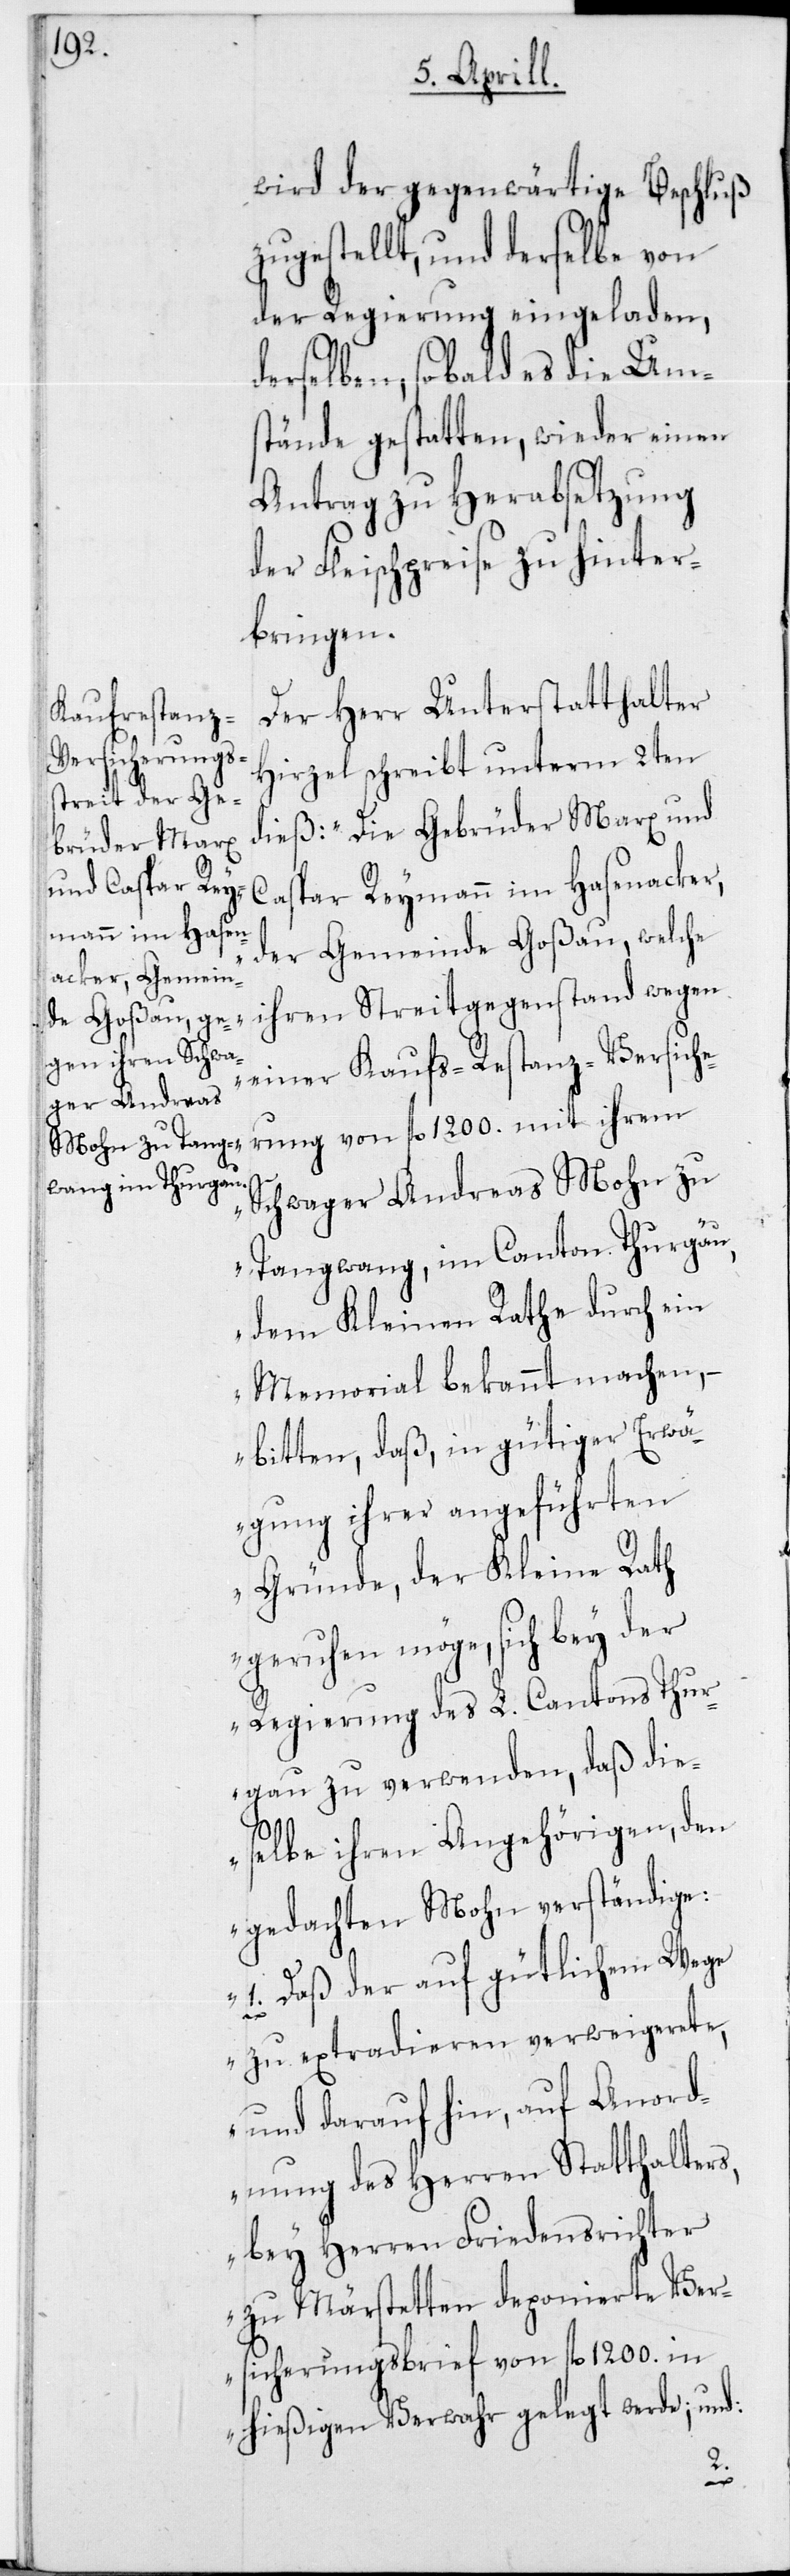
wird der gegenwärtige Beschluß
zugestellt, und derselbe von
der Regierung eingeladen,
derselben, sobald es die Ums¬
tände gestatten, wieder einen
Antrag zu Herabsetzung
der Fleischpreise zu hinter¬
bringen.
Der Herr Unterstatthalter
Hirzel schreibt unterm 2ten
dieß: „Die Gebrüder Marx und
Caspar Reymann im Hasenacker,
der Gemeinde Goßau, welche
ihren Streitgegenstand wegen
einer Kaufs-Restanz-Versiche¬
rung von fl. 1200. mit ihrem
Schwager Andreas Mohn zu
Tangwang im Canton Thurgau,
dem Kleinen Rathe durch ein
Memorial bekannt machen, –
bitten, daß, in gütiger Erwä¬
gung ihrer angeführten
Gründe, der Kleine Rath
Regierung des L. Cantons Thur¬
gau zu verwenden, daß die¬
selbe ihren Angehörigen, den
gedachten Mohn verständige:
1. Daß der auf gütlichem Wege
zu extradieren verweigerete,
dnung des Herren Statthalters,
bey Herren Friedensrichter
zu Märstetten deponierte Ver¬
sicherungsbrief von fl. 1200. in
hießigen Verwahr gelegt werde; und:
Anor¬